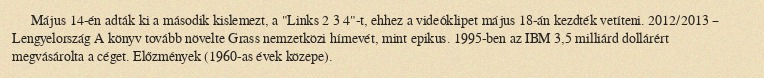
Május 14-én adták ki a második kislemezt, a "Links 2 3 4"-t, ehhez a videóklipet május 18-án kezdték vetíteni. 2012/2013 – Lengyelország A könyv tovább növelte Grass nemzetközi hírnevét, mint epikus. 1995-ben az IBM 3,5 milliárd dollárért megvásárolta a céget. Előzmények (1960-as évek közepe).